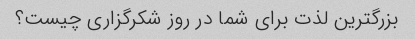
بزرگترین لذت برای شما در روز شکرگزاری چیست؟